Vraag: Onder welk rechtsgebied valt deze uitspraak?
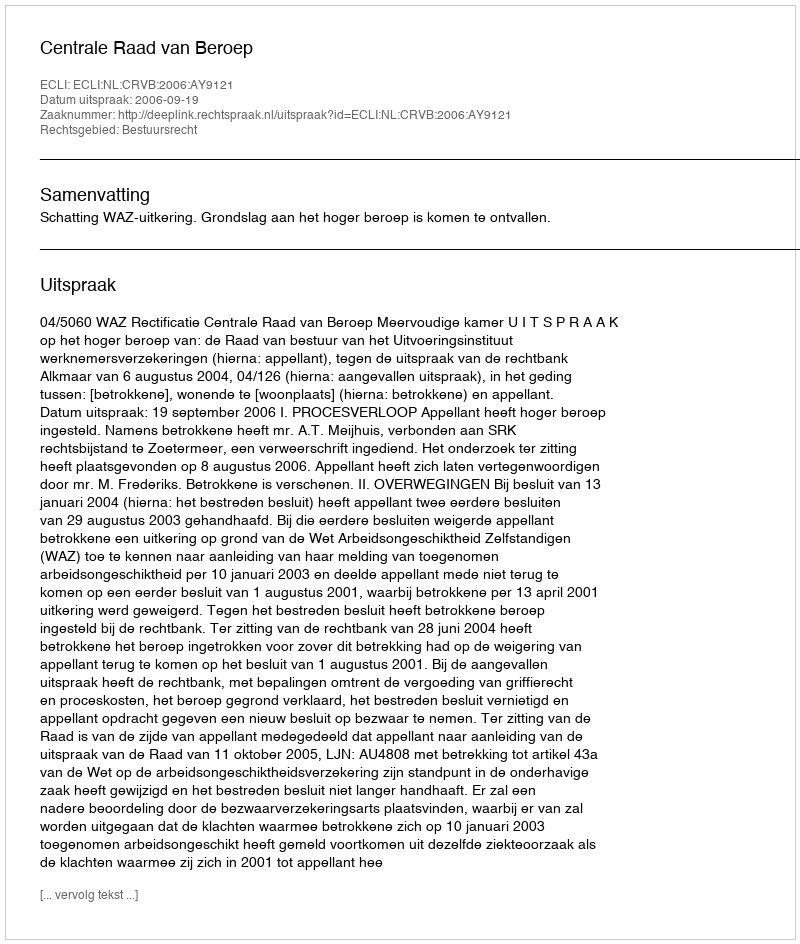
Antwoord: Bestuursrecht